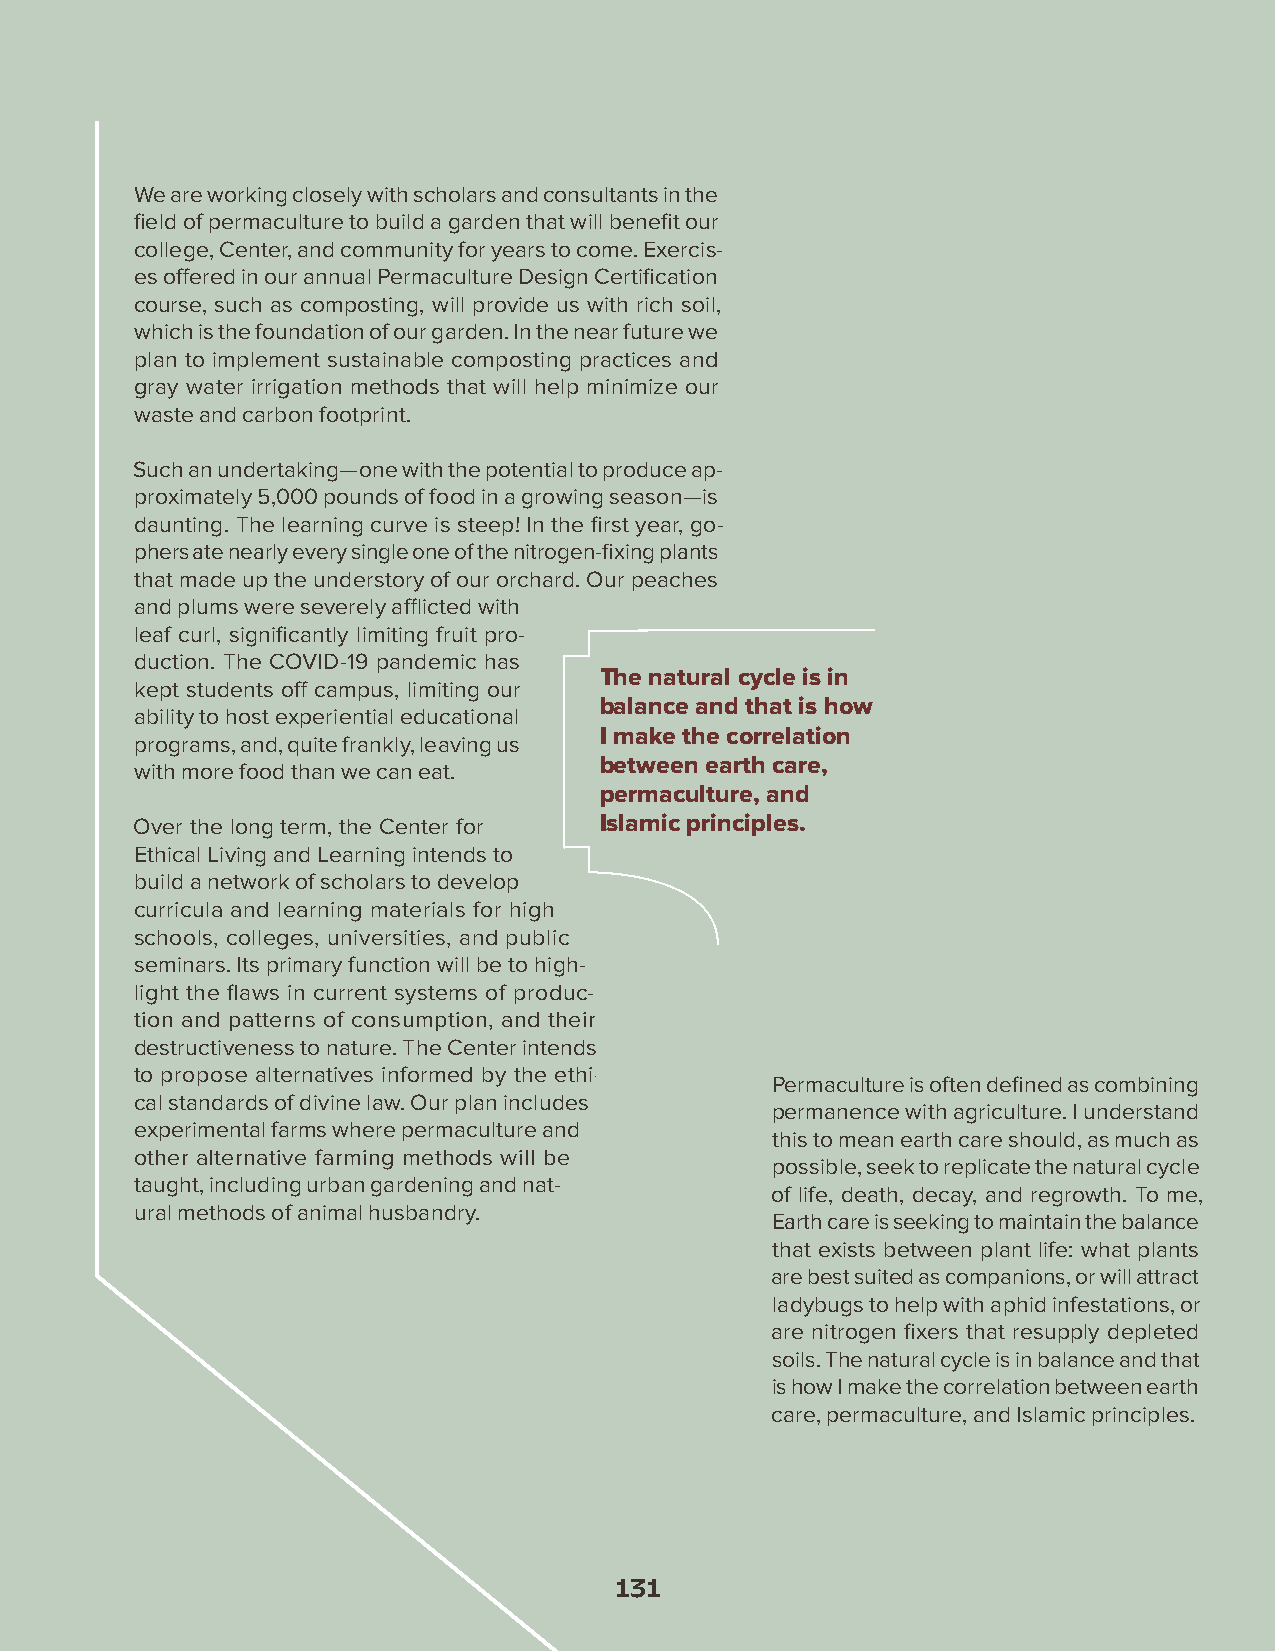
We are working closely with scholars and consultants in the
 field of permaculture to build a garden that will benefit our
 college, Center, and community for years to come. Exercis-
 es offered in our annual Permaculture Design Certification
 course, such as composting, will provide us with rich soil,
 which is the foundation of our garden. In the near future we
 plan to implement sustainable composting practices and
 gray water irrigation methods that will help minimize our
 waste and carbon footprint.
 Such an undertaking—one with the potential to produce ap-
 proximately 5,000 pounds of food in a growing season—is
 daunting. The learning curve is steep! In the first year, go-
 phers ate nearly every single one of the nitrogen-fixing plants
 that made up the understory of our orchard. Our peaches
 and plums were severely afflicted with
 leaf curl, significantly limiting fruit pro-
 duction. The COVID-19 pandemic has
 The natural cycle is in
 kept students off campus, limiting our
 balance and that is how
 ability to host experiential educational
 I make the correlation
 programs, and, quite frankly, leaving us
 between earth care,
 with more food than we can eat.
 permaculture, and
 Over the long term, the Center for Islamic principles.
 Ethical Living and Learning intends to
 build a network of scholars to develop
 curricula and learning materials for high
 schools, colleges, universities, and public
 seminars. Its primary function will be to high-
 light the flaws in current systems of produc-
 tion and patterns of consumption, and their
 destructiveness to nature. The Center intends
 to propose alternatives informed by the ethi-
 Permaculture is often defined as combining
 cal standards of divine law. Our plan includes
 permanence with agriculture. I understand
 experimental farms where permaculture and
 this to mean earth care should, as much as
 other alternative farming methods will be
 possible, seek to replicate the natural cycle
 taught, including urban gardening and nat-
 of life, death, decay, and regrowth. To me,
 ural methods of animal husbandry.
 Earth care is seeking to maintain the balance
 that exists between plant life: what plants
 are best suited as companions, or will attract
 ladybugs to help with aphid infestations, or
 are nitrogen fixers that resupply depleted
 soils. The natural cycle is in balance and that
 is how I make the correlation between earth
 care, permaculture, and Islamic principles.
 131